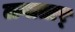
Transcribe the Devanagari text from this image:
लगातार्